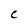
Character: C